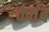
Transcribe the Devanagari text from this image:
कर्तब